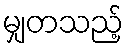
မျှတသည့်